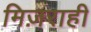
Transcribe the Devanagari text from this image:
मिज़राही